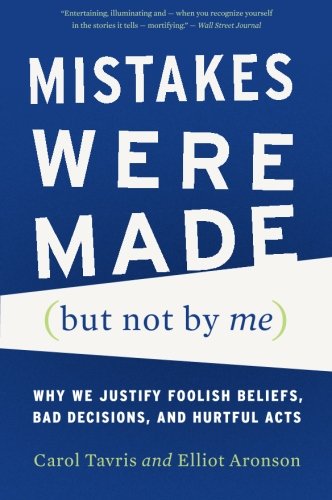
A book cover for Mistakes Were Made (but Not by Me): Why We Justify Foolish Beliefs, Bad Decisions, and Hurtful Acts; Carol Tavris; Medical Books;